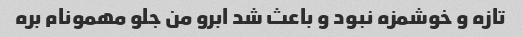
تازه و خوشمزه نبود و باعث شد ابرو من جلو مهمونام بره